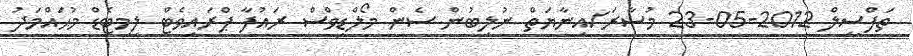
ތަފްސީލް 2012-05-23 މުސާރަ/އިނާޔަތް ނުލިބުން ސެން މޯލްޑިވްސް ރައުފާ ޕްރައިވެޓް ލިމިޓެޑް މުޙައްމަދު